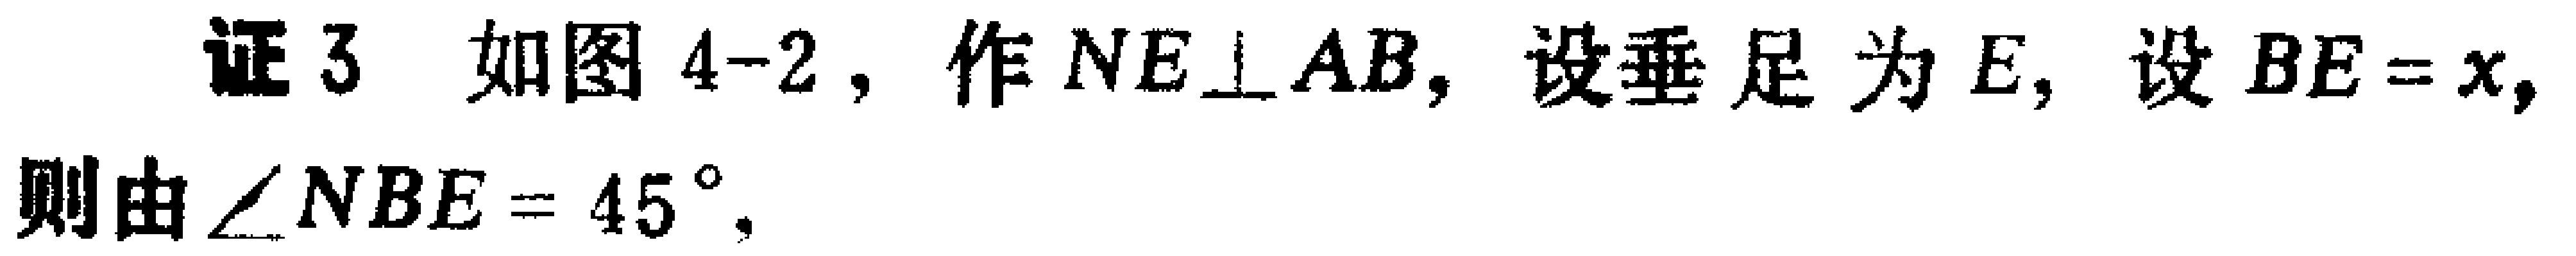
证3 如图4-2，作 \(NE\perp AB\)，设垂足为 \(E\)，设 \(BE = x\)，则由 \(\angle NBE=45^{\circ}\)，